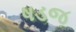
ષડજ